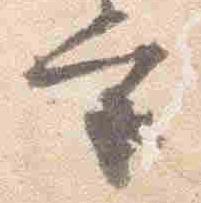
宮